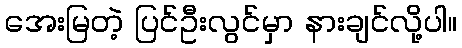
အေးမြတဲ့ ပြင်ဦးလွင်မှာ နားချင်လို့ပါ။